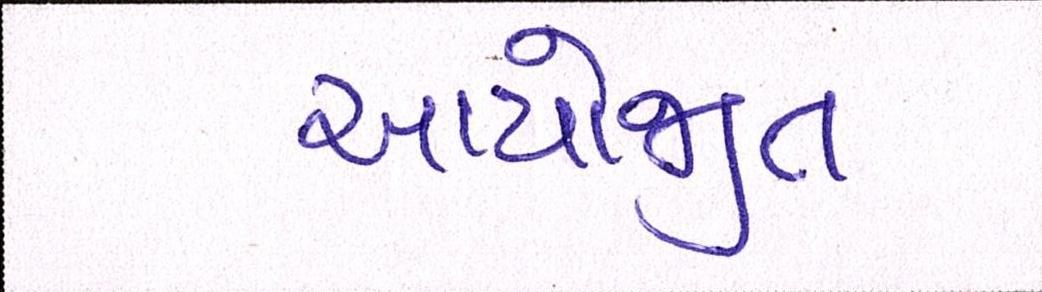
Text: આયોજીત